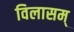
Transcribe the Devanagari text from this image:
विलासम्